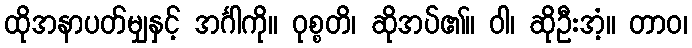
ထိုအနာပတ်မျှနှင့် အင်္ဂါကို။ ဝုစ္စတိ၊ ဆိုအပ်၏။ ဝါ၊ ဆိုဦးအံ့။ တာဝ၊